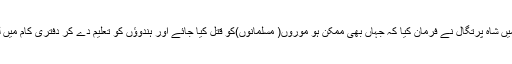
۱۵۰۱ء میں شاہ پرتگال نے فرمان کیا کہ جہاں بھی ممکن ہو موروں( مسلمانوں)کو قتل کیا جائے اور ہندوؤں کو تعلیم دے کر دفتری کام میں لیا جائے۔